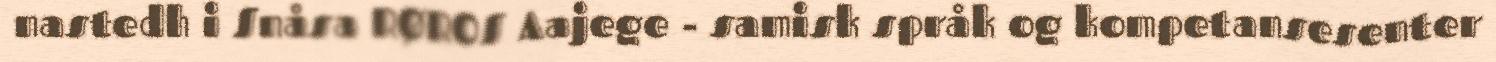
nastedh i Snåsa RØROS Aajege - samisk språk og kompetansesenter